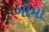
ગીમા